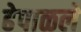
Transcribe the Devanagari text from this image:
ढेपाळले